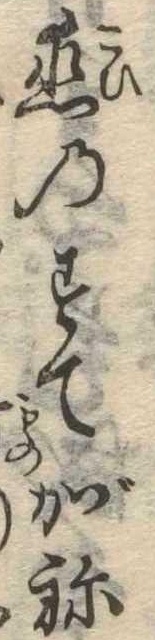
恋のすてがね